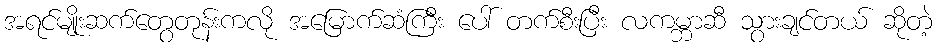
အရင်မျိုးဆက်တွေတုန်းကလို အမြောက်ဆံကြီး ပေါ် တက်စီးပြီး လကမ္ဘာဆီ သွားချင်တယ် ဆိုတဲ့